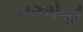
નગરોની